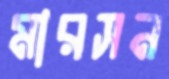
মারসন